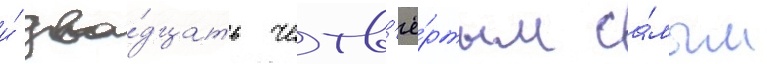
и́ два́дцать четв'ё́ртым са́мым